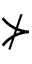
\nsucc